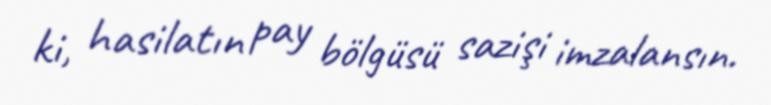
ki, hasilatın pay bölgüsü sazişi imzalansın.